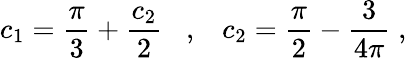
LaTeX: c_{1}=\frac{\pi}{3}+\frac{c_{2}}{2}\; \; \; ,\; \; \; c_{2}=\frac{\pi}{2}-\frac{3}{4\pi}\; ,